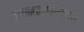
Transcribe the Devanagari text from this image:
जन्मनक्षत्रावर